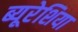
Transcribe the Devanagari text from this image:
ब्यूरेशिया